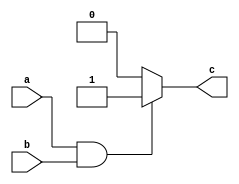
module assign_statement(input a, input b, output reg c);

always @(*)
begin
    if(a & b)
        c <= 1;
    else
        c <= 0;
end

endmodule